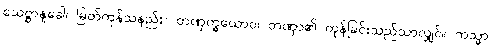
သေဋ္ဌာနူခေါ၊ မြတ်ကုန်သနည်း။ တဏှက္ခယောဝ၊ တဏှာ၏ ကုန်ခြင်းသည်သာလျှင်။ ကသ္မာ၊